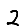
Digit: 2